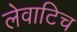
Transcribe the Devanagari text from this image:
लेवाटिच